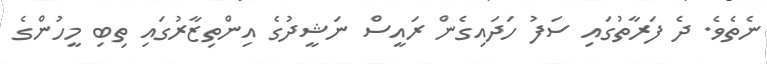
ނެތެވެ. ދެ ފަރާތުގައި ސަފު ހަދައިގެން ރައީސް ނަޝީދުގެ އިންތިޒާރުގައި ތިބި މީހުންގެ